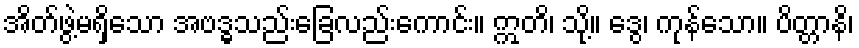
အိတ်ဖွဲ့မရှိသော အဗဒ္ဓသည်းခြေလည်းကောင်း။ ဣတိ၊ သို့။ ဒွေ၊ ကုန်သော။ ပိတ္တာနိ၊